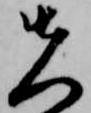
先